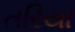
તરિયા